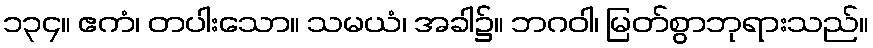
၁၃၄။ ဧကံ၊ တပါးသော။ သမယံ၊ အခါ၌။ ဘဂဝါ၊ မြတ်စွာဘုရားသည်။